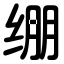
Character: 绷